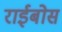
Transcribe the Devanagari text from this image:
राईबोस